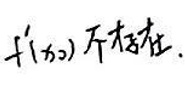
$f'(x_0)$不存在.